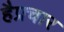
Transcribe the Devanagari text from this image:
हैप्रचार